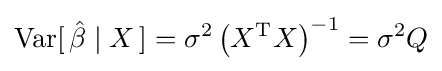
\operatorname {Var} [\,{\hat {\beta }}\mid X\,]=\sigma ^{2}\left(X^{\operatorname {T} }X\right)^{-1}=\sigma ^{2}Q